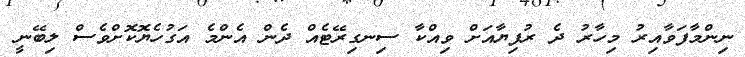
ނިންމާފަވާއިރު މިހާރު ދެ ރުފިޔާއަށް ވިއްކާ ސިނގިރޭޓެއް ދެން އެންމެ އަގުހެޔޮކޮށްވެސް ލިބޭނީ